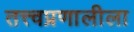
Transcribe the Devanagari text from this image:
तत्त्वप्रणालीला